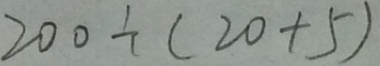
2 0 0 \div ( 2 0 + 5 )